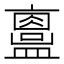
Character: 𥃂